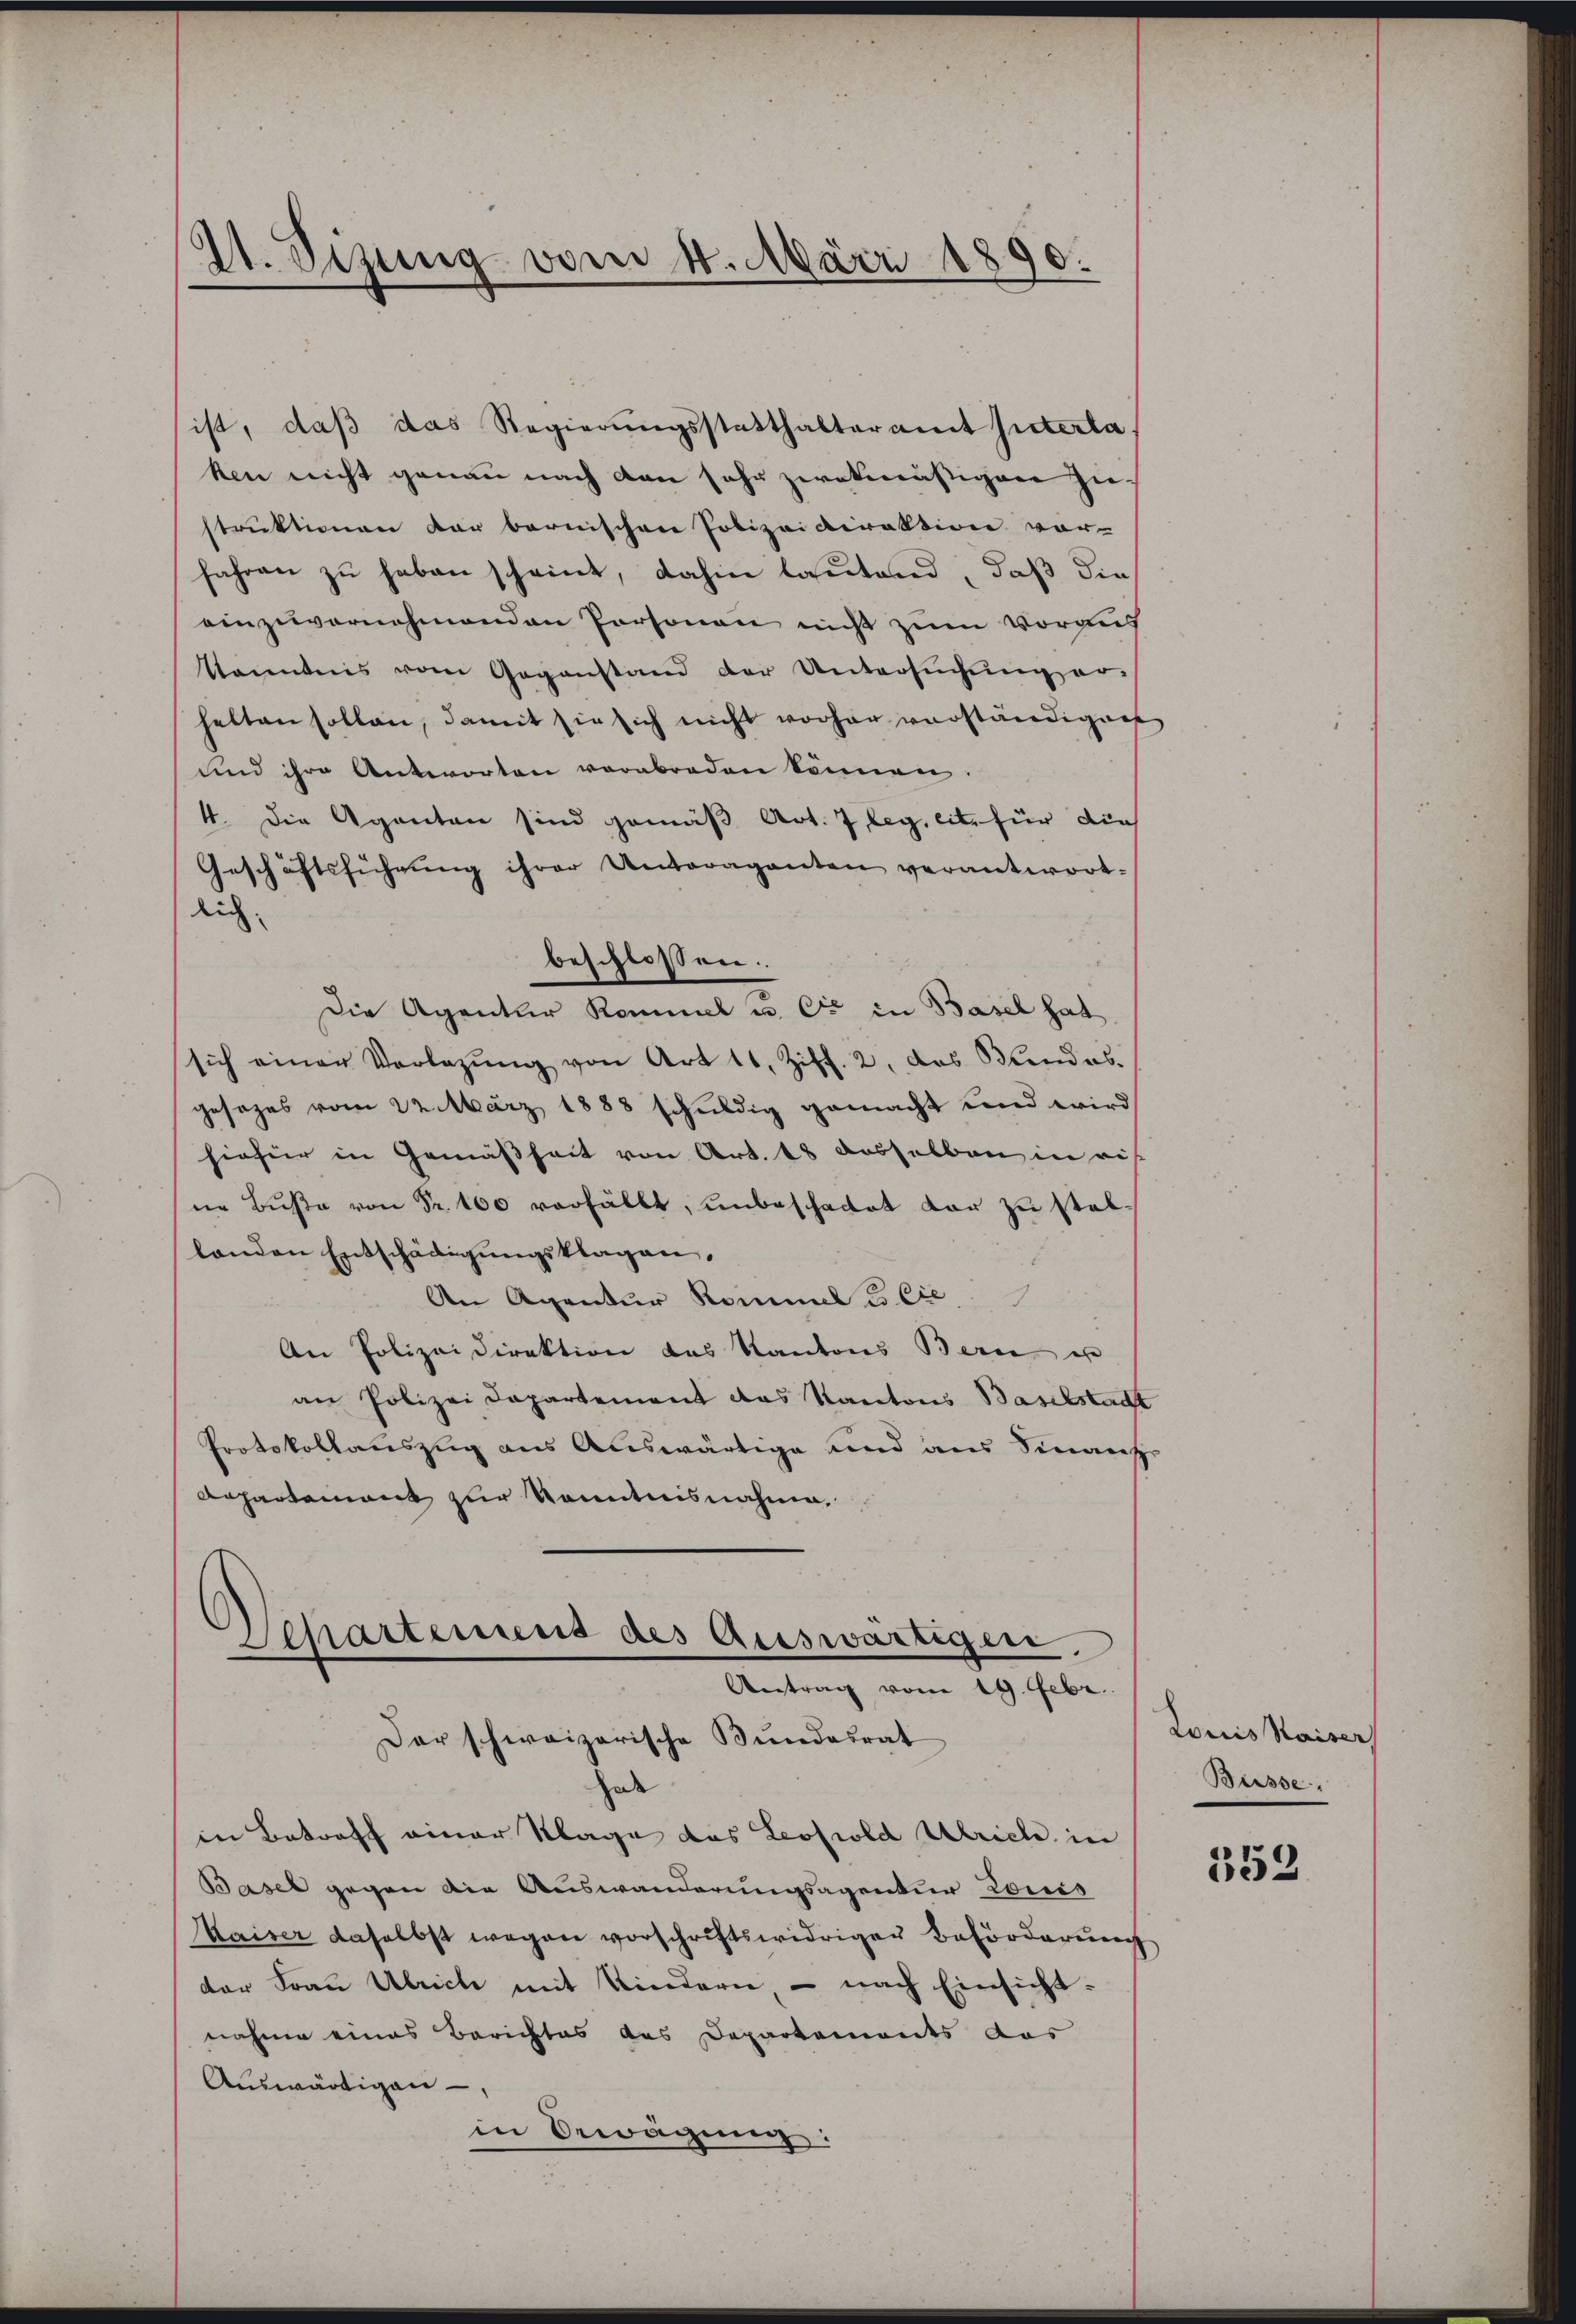
21. Sizung vom 4. März 1890.

ist, daß das Regierungsstatthalteramt hinterta
ken nicht genau nach den sehr zwekmäsigen Ziestruktionen dar bernischen Polizeidirektion vor-
fahren zŭ haben scheint, dahin lastand, daß die
einzuvernehmenden Personen nicht zum voraus
kanntnis vom Gegenstand der Untersŭchŭng er-
halten sollen, damit sie sich nicht vorher verständigen
und ihre Antworten verabreden können.
4. Die Agenten sind gemäß Art. 7 leg, eit. für dies
Geschäftsführŭng ihrer Unteraganten verantwort-
lich
Die Agentur Kommel u. Cie in Basel hat
sich einer Vorlegŭng von Art 11. Ziff. 2, das Bundes.
gesezes vom 22. März 1888 schuldig gemacht und wird
hiefür in Gemäßheit von Art. 18 desselben in ais
ne Bŭβe von Sr. 100 verfällt, unbeschadet dar zu stellanden Entschädigungsklagen,
An Agentur Rommel u. Cie
.
An Polizeidirektion das Kantons Bern er
an Polizei Departement das Kantons Baselstadt
Protokollauszug aus Auswärtige und aus Sinanz
Aepartement zur Kenntnisnahme.
Departemens des Auswärtigen.
Antrag vom 19. Febr.
Der schweizerische Bundesrat
hat
in Betroff einer Klage das Leopold Ulrich in
Basel gegen die Auswanderungsagentur Louis
Kaiser daselbst wegen vorschriftswidriger Beförderung
der Frau Ulrich mit Kindern, – nach Einsichtnahme eines Berichtes das Departements das
Auswärtigen
in Bewägung:

beschlossen:

Louis Kaiser
Buisse,

352